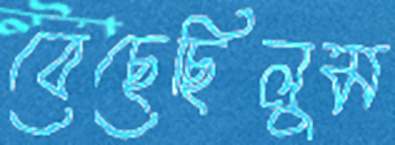
বেছেছিলুম